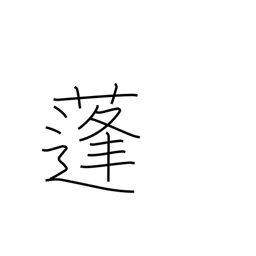
Meaning: mugwort